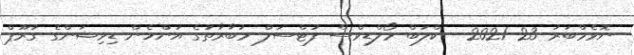
ނޮވެމްބަރު 23 2021-- ކްލަބް މޯލްޑިވްސް ފުޓްސަލް މުބާރާތުގެ އަންހެން ޑިވިޝަންގެ ގުރޫޕް